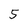
Character: 5